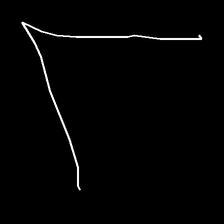
Glyph: region